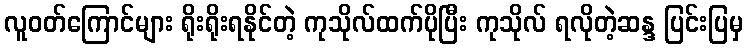
လူဝတ်ကြောင်များ ရိုးရိုးရနိုင်တဲ့ ကုသိုလ်ထက်ပိုပြီး ကုသိုလ် ရလိုတဲ့ဆန္ဒ ပြင်းပြမှ